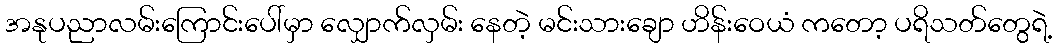
အနုပညာလမ်းကြောင်းပေါ်မှာ လျှောက်လှမ်း နေတဲ့ မင်းသားချော ဟိန်းဝေယံ ကတော့ ပရိသတ်တွေရဲ့